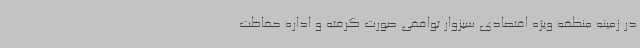
در زمینه منطقه ویژه اقتصادی سبزوار توافقی صورت گرفته و اداره حفاظت